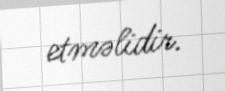
etməlidir.